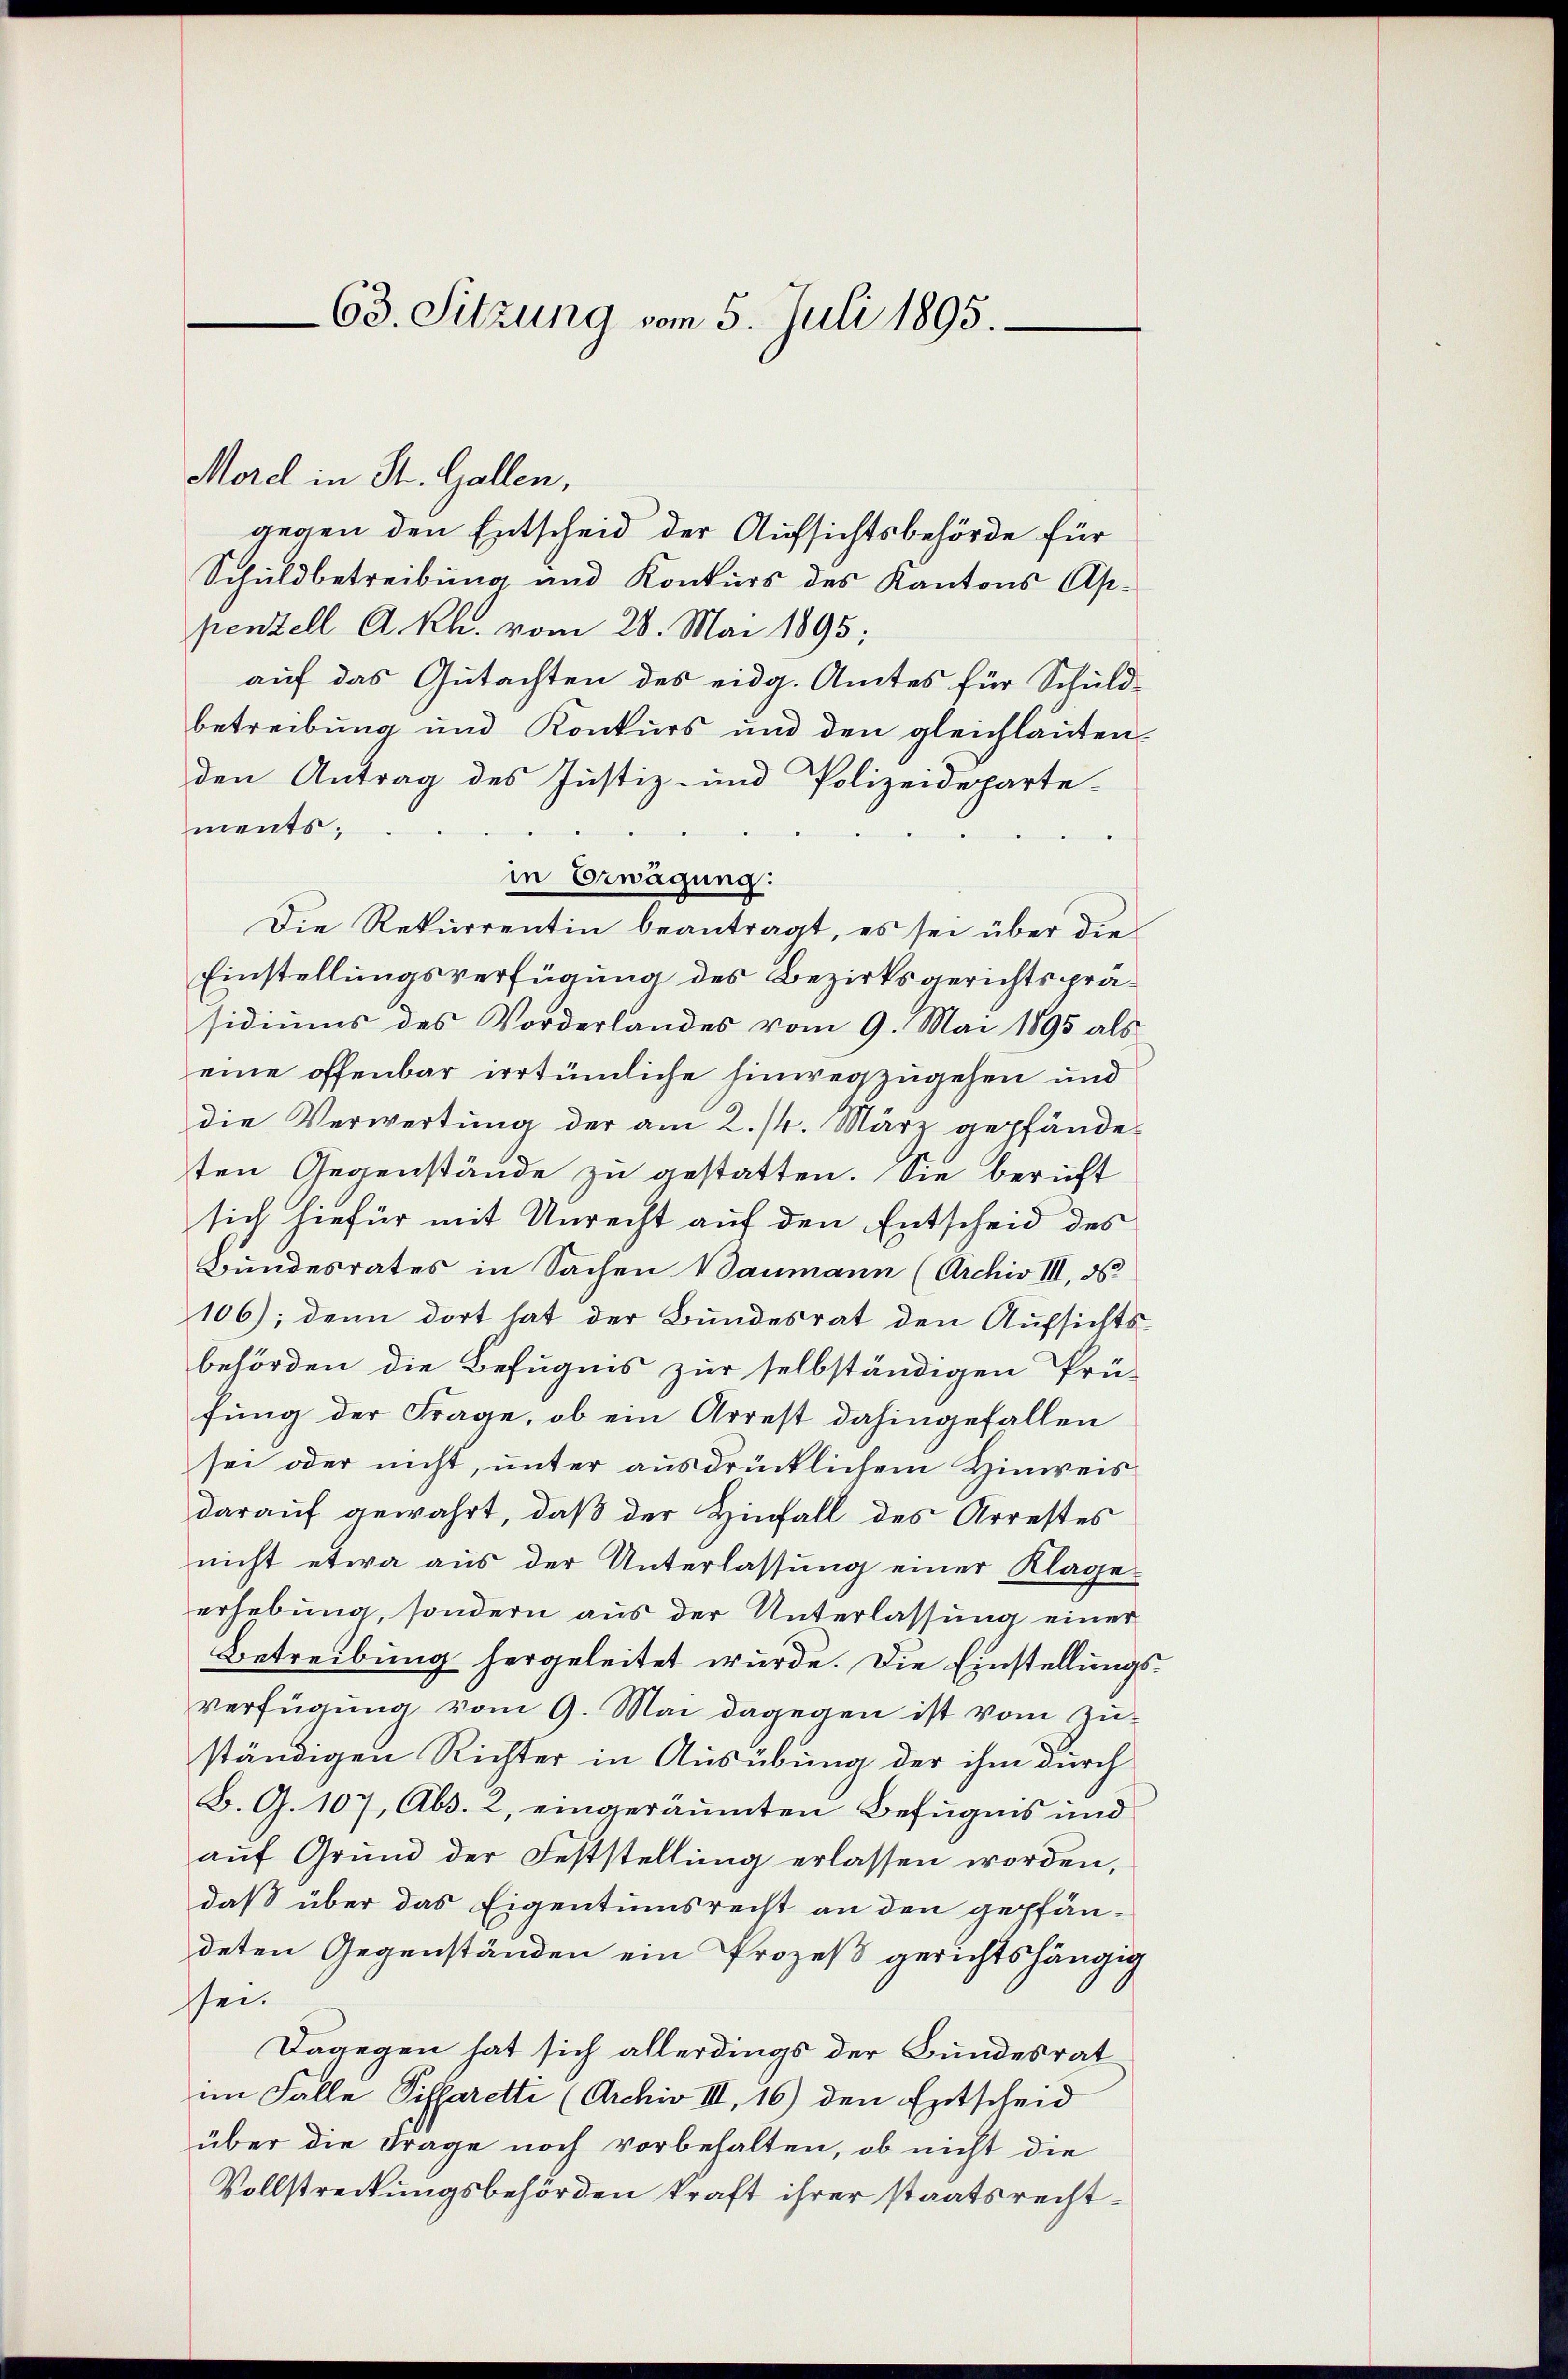
63. Sitzung vom 5. Juli 1895.

Mord in St. Gallen,
gegen den Entscheid der Aufsichtsbehörde für
Schuldbetreibung und Konkurs des Kantons Appenzell A.-Rh. vom 28. Mai 1895;
auf das Gutachten des eidg. Amtes für Schuld-
betreibung und Konkurs und den gleichlauten-
den Antrag des Justiz- und Polizeideparte-
ments;
in Erwägung:
Die Rekurrentin beantragt, es sei über die
Einstellungsverfügung des Bezirksgerichtspräsidiums des Vorderlandes vom 9. Mai 1895 als
eine offenbar irrtümliche hinwegzugehen und
die Verwertung der am 2./4. März gepfändeten Gegenstände zu gestatten. Sie beruft
sich hiefür mit Unrecht auf den Entscheid des
Bundesrates in Sachen Baumann (Archiv III, d
106); denn dort hat der Bundesrat den Aufsichtsbehörden die Befugnis zur selbständigen Prü-
fung der Frage, ob ein Arrest dahingefallen
sei oder nicht, unter ausdrücklichem Hinweis
darauf gewahrt, daß der Hinfall des Arrestes
nicht etwa aus der Unterlassŭng einer Klage-
erhebung, sondern aus der Unterlassung einer
Betreibung hergeleitet wurde. Die Einstellungsverfügung vom 9. Mai dagegen ist vom Zu-
ständigen Richter in Ausübung der ihm durch
B. G. 107, Abs. 2, eingeräumten Befugnis und
auf Grund der Feststellung erlassen worden,
daß über das Eigentumsrecht an den gepfän-
deten Gegenständen ein Prozeß gerichtshängig
sei.
Dagegen hat sich allerdings der Bundesrat
im Falle Siffaretti (Archiv III, 16) den Entscheid
über die Frage noch vorbehalten, ob nicht die
Vollstreckungsbehörden kraft ihrer staatsrecht¬